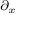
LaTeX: \scriptstyle \partial _ { x }